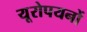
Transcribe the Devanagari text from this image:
यूरोपयनों